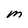
Character: M